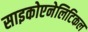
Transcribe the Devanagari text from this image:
साइकोएनेलिटिकल